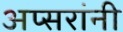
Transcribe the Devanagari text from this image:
अप्सरांनी